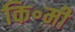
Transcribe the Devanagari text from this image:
कि॰मी